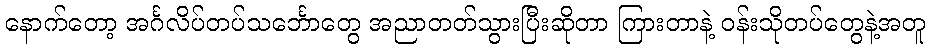
နောက်တော့ အင်္ဂလိပ်တပ်သင်္ဘောတွေ အညာတတ်သွားပြီးဆိုတာ ကြားတာနဲ့ ဝန်းသိုတပ်တွေနဲ့အတူ